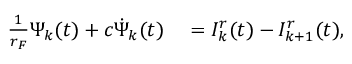
\begin{array} { r l } { \frac { 1 } { r _ { F } } \Psi _ { k } ( t ) + c \dot { \Psi } _ { k } ( t ) } & { { } = I _ { k } ^ { r } ( t ) - I _ { k + 1 } ^ { r } ( t ) , } \end{array}